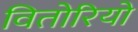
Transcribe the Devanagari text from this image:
वितोरियो